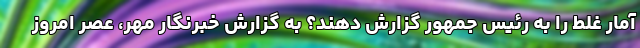
آمار غلط را به رئیس جمهور گزارش دهند؟ به گزارش خبرنگار مهر، عصر امروز